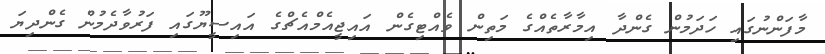
މާފަންނުގައި ހަދަމުން ގެންދާ އިމާރާތެއްގެ މަތިން ވެއްޓިގެން އައިޖީއެމްއެޗްގެ އައިސީޔޫގައި ފަރުވާދެމުން ގެންދިޔަ